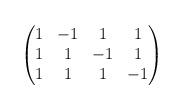
LaTeX: \begin{align*}\begin{pmatrix}1 & -1 & 1 & 1 \\1 & 1 & -1 & 1 \\1 & 1 & 1 & -1 \end{pmatrix}\end{align*}